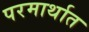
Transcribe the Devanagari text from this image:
परमार्थात